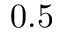
0 . 5